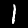
Digit: 1